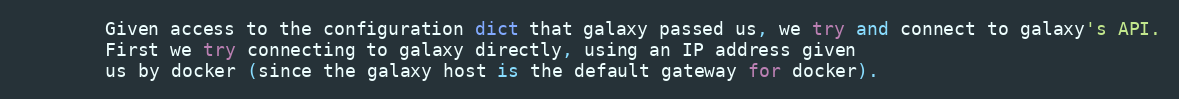
Language: Python
        Given access to the configuration dict that galaxy passed us, we try and connect to galaxy's API.
        First we try connecting to galaxy directly, using an IP address given
        us by docker (since the galaxy host is the default gateway for docker).